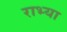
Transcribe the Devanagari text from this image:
राभ्या